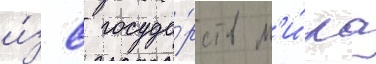
и́з 8 госуда́рств м'и́ра